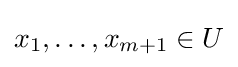
x_{1},\dots ,x_{m+1}\in U